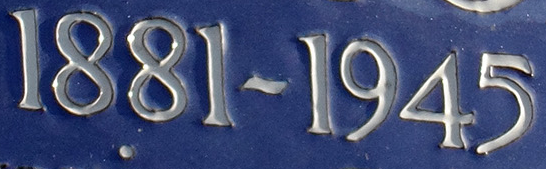
1881~1945